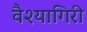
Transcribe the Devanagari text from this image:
वैश्यागिरी